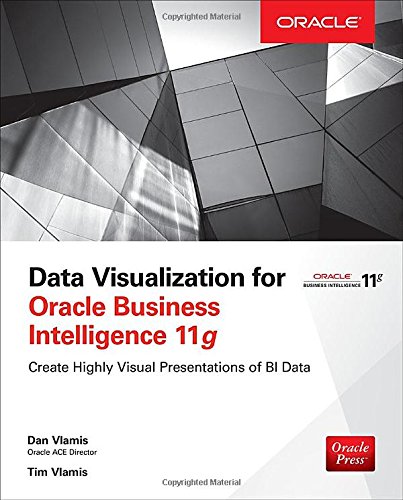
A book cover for Data Visualization for Oracle Business Intelligence 11g; Dan Vlamis; Computers & Technology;